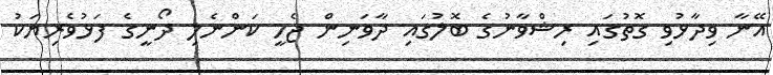
އޭނާ ވިދާޅުވި ގޮތުގައި ރިޝްވާނުގެ ބޮލުގައި ދާވަނިން ޖެހީ ކަންނެލި ދޯނީގެ ފަޅުވެރިޔަކު